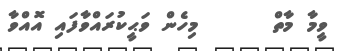
ވީމާ މާތް      މިހެން ވަޙީކުރައްވާފައި އޮއްވާ